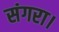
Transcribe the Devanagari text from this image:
संगरा।